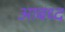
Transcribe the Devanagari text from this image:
आबध्द